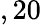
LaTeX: ,20